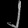
Digit: ၂